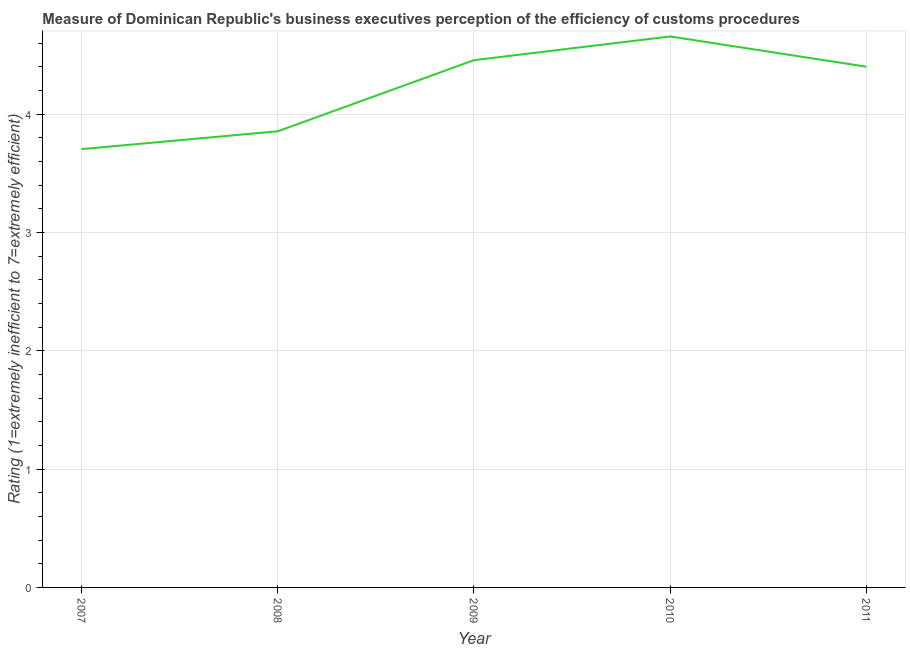
| Year | Burden of customs procedure |
 | --- | --- |
 | 2007 | 3.7 |
 | 2008 | 3.85 |
 | 2009 | 4.46 |
 | 2010 | 4.66 |
 | 2011 | 4.4 |